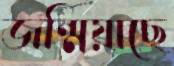
জন্মিয়াছে